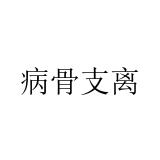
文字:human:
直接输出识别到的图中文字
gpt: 病骨支离